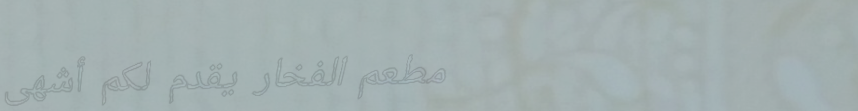
مطعم الفخار يقدم لكم أشهى